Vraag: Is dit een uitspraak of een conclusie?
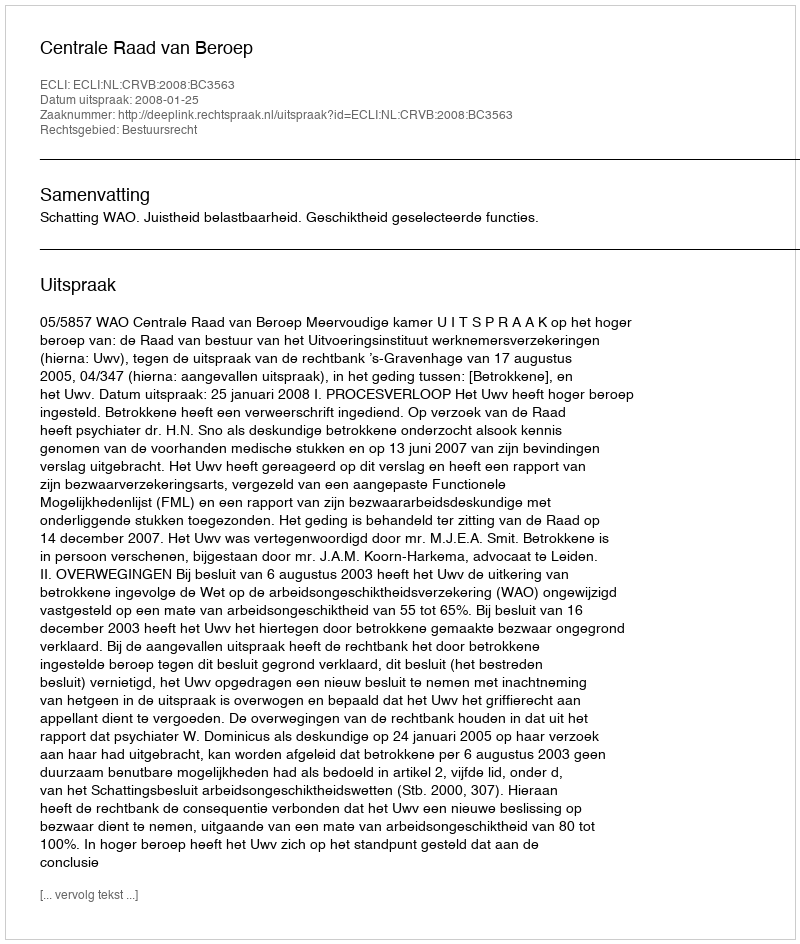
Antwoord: Uitspraak